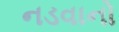
નડવાનો